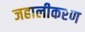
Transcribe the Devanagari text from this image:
जहालीकरण